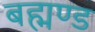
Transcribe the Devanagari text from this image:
बह्मण्ड